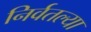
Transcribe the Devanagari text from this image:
निर्वतल्या